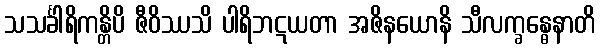
သသင်္ခါရိကန္တိပိ ဇီဝိဿသိ ပါရိဘဋယတာ အဇိနယောနိ သီလက္ခန္ဓေနာတိ